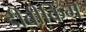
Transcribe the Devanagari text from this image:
डीबीकिंग